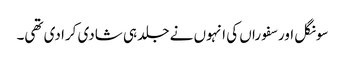
سونگل اور سفوراں کی انہوں نے جلد ہی شادی کرا دی تھی۔